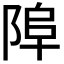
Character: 𨹺